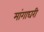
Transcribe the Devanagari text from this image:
मांगाघरी